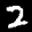
Label: 2